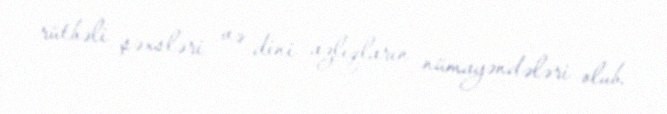
rütbəli şəxsləri və dini azlıqların nümayəndələri olub.